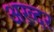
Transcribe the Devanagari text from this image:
अख़्दर